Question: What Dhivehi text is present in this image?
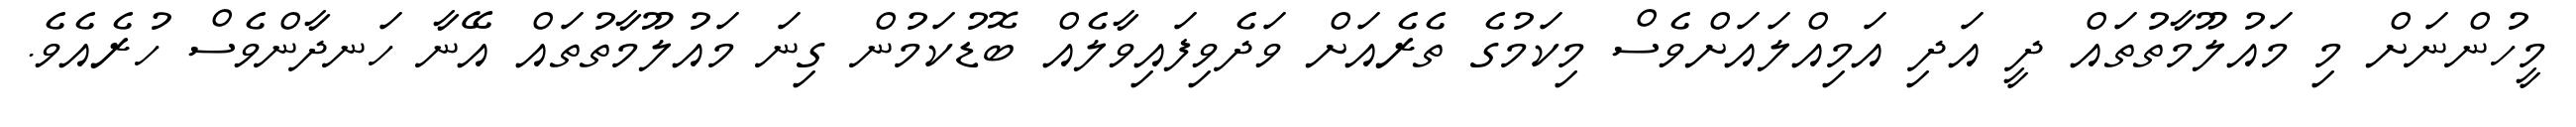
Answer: މީހުންނަށް މި މައުލޫމާތުތައް ދީ އަދި އަމިއްލައަށްވެސް މިކަމުގެ ތެރެއަށް ވަދެވިފައިވާލެއް ބޮޑުކަމުން ގިނަ މައުލޫމާތުތައް އޭނާ ހަނދާންވެސް ހުރެއެވެ.